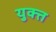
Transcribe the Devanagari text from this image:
युक्त्त